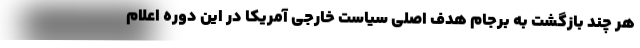
هر چند بازگشتِ به برجام هدف اصلی سیاست خارجی آمریکا در این دوره اعلام